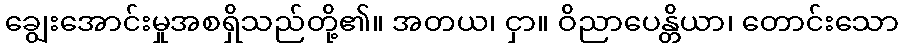
ချွေးအောင်းမှုအစရှိသည်တို့၏။ အတယ၊ ငှာ။ ဝိညာပေန္တိယာ၊ တောင်းသော